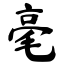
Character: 毫